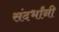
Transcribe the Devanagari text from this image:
संदर्भांनी